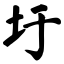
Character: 圩